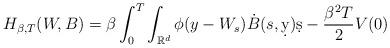
LaTeX: \begin{align*}H_{\beta,T}(W,B)=\beta\int_0^T\int_{\mathbb{R}^d}\phi(y-W_s)\dot B(s,\d y)\d s-\frac{\beta^2T}{2}V(0)\end{align*}